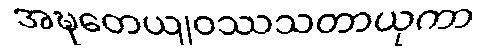
အဍ္ဎတေယျဝဿသတာယုကာ